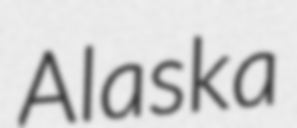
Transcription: Alaska